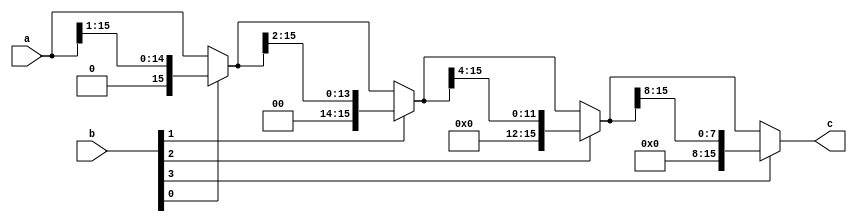
module DSR_right_N_S(a,b,c);
        parameter N=16;
        parameter S=4;
        input [N-1:0] a;
        input [S-1:0] b;
        output [N-1:0] c;

wire [N-1:0] tmp [S-1:0];
assign tmp[0]  = b[0] ? a >> 7'd1  : a; 
genvar i;
generate
	for (i=1; i<S; i=i+1)begin:loop_blk
		assign tmp[i] = b[i] ? tmp[i-1] >> 2**i : tmp[i-1];
	end
endgenerate
assign c = tmp[S-1];

endmodule